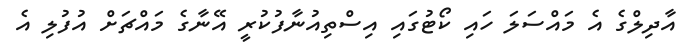
އާދިލްގެ އެ މައްސަލަ ހައި ކޯޓުގައި އިސްތިއުނާފުކުރީ އޭނާގެ މައްޗަށް އުފުލި އެ